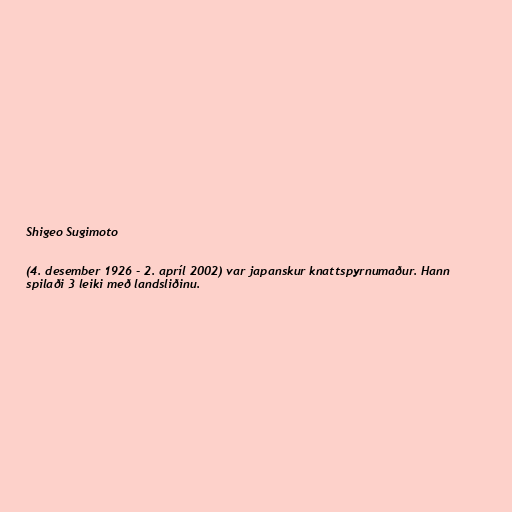
Shigeo Sugimoto

(4. desember 1926 - 2. apríl 2002) var japanskur knattspyrnumaður. Hann
spilaði 3 leiki með landsliðinu.